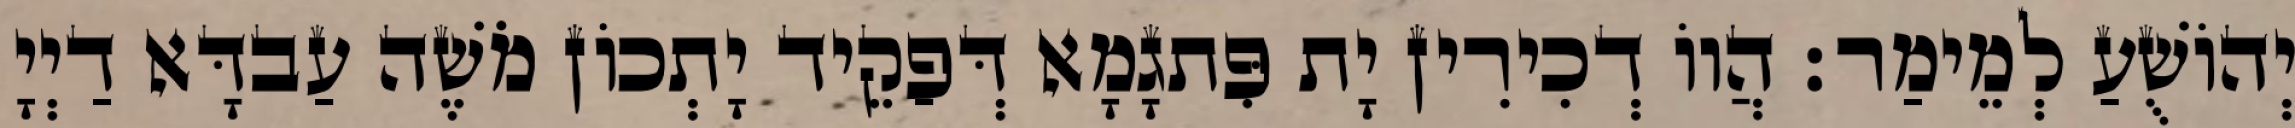
יְהוֹשֻׁעַ לְמֵימַר׃ הֲווֹ דְכִירִין יָת פִּתגָמָא דְּפַקֵיד יָתְכוֹן מֹשֶׁה עַבדָּא דַיְיָ